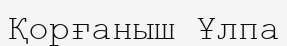
Қорғаныш Ұлпа